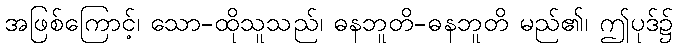
အဖြစ်ကြောင့်၊ သော-ထိုသူသည်၊ ဓနဘူတိ-ဓနဘူတိ မည်၏၊ ဤပုဒ်၌